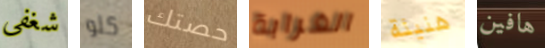
شغفي كلو حصتك الغرابة هنيئة هافين